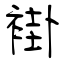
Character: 褂